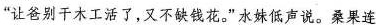
”让爸别干木工活了，又不缺钱花。”水妹低声说。桑果连